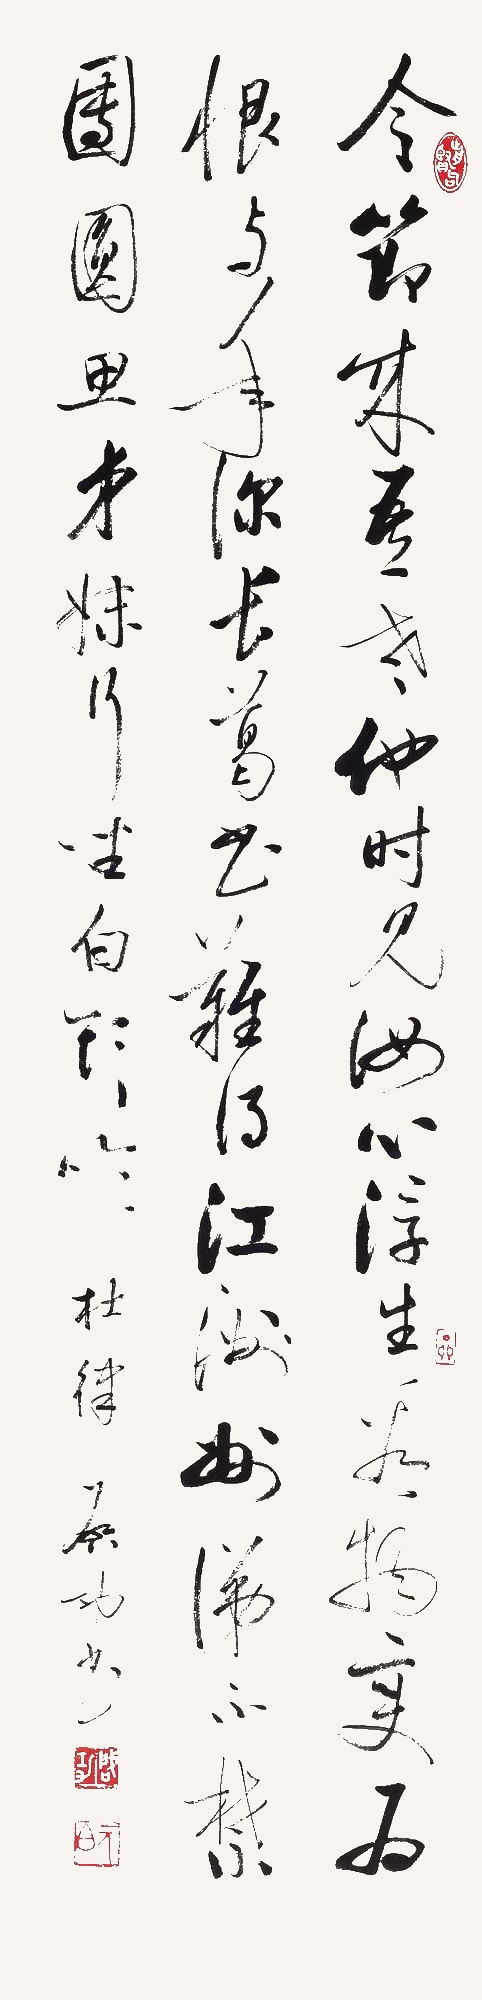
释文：令节成吾老，他时见汝心。浮生看物变，为恨与年深。长葛书难得，江洲涕不禁。团圆思弟妹，行坐白头吟。杜律，启功书。